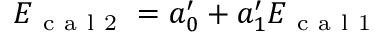
\begin{array} { r } { E _ { \mathrm { ~ c ~ a ~ l ~ 2 ~ } } = a _ { 0 } ^ { \prime } + a _ { 1 } ^ { \prime } E _ { \mathrm { ~ c ~ a ~ l ~ 1 ~ } } } \end{array}